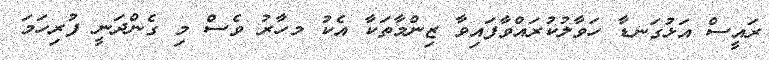
ރައީސް އަޅުގަނޑާ ހަވާލުކުރައްވާފައިވާ ޒިންމާތަކާ އެކު މހާރު ވެސް މި ގެންދަނީ ފުރިހަމަ